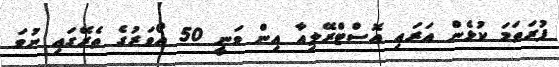
ފުރަތަމަ ކުޅެން އަރައި އޮސްޓްރޭލިއާ އިން ވަނީ 50 އޯވަރުގެ ތެރޭގައި ނުވަ